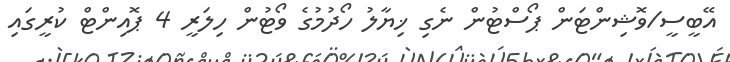
އޭބީސީ/ވޮޝިންޓަން ޕޯސްޓުން ނެގި ޚިޔާލު ހޯދުމުގެ ވޯޓުން ހިލަރީ 4 ޕޮއިންޓް ކުރީގައި